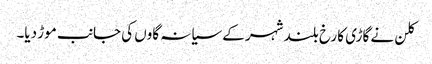
کلن نے گاڑی کا رخ بلند شہر کے سیانہ گاوں کی جانب موڑ دیا۔